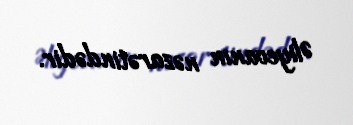
Əliyevanın nəzarətindədir.